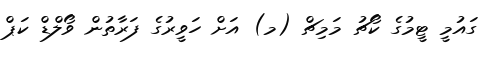
ގައުމީ ޓީމުގެ ކޯޗު މަމިޗް (މ) އަށް ހަވީރުގެ ފަރާތުން ވޯލްޑް ކަޕް